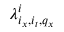
\lambda _ { i _ { x } , i _ { t } , q _ { x } } ^ { i }